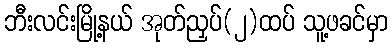
ဘီးလင်းမြို့နယ် အုတ်ညှပ်(၂)ထပ် သူ့ဖခင်မှာ